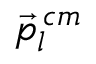
\vec { p } _ { l } ^ { \, c m }